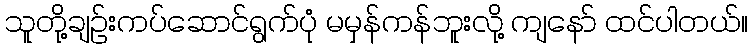
သူတို့ချဉ်းကပ်ဆောင်ရွက်ပုံ မမှန်ကန်ဘူးလို့ ကျနော် ထင်ပါတယ်။